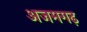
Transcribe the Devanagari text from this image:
अजमगढ़